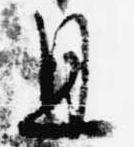
旦